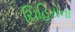
ચિહિરોના